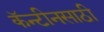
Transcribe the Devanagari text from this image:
कॅन्टीनसाठी